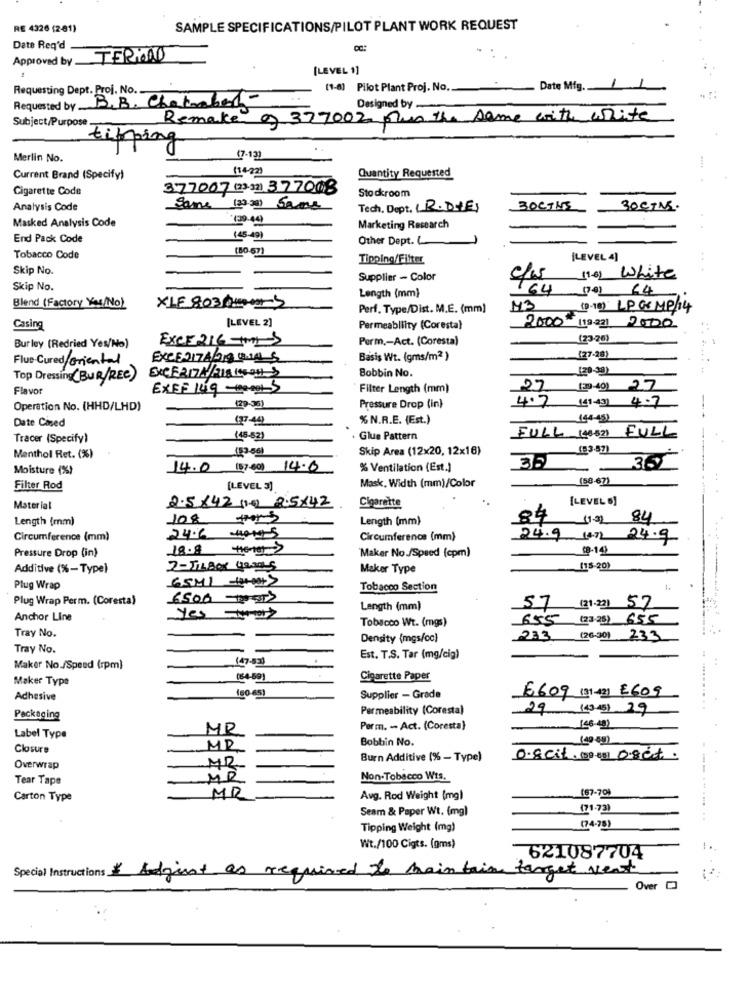
RE 4326 (2-81)
SAMPLE SPECIFICATIONS/PILOT PLANT WORK REQUEST
Date Req'd
Approved by TERMOS
[LEVEL 1]
Requesting Dept. Proj, No.
(1-6] Pilot Plant Proj. No.
Date Mig.
Requested by B.B. Chatabar-
Designed by -
Subject/Purpose
Remake of 377002 plus the same with white
tipping
Merlin No.
(7.13)
(14-22)
Quantity Requested
Current Brand (Specify)
Cigarette Code
377007 (23 32) 377008
Stockroom
Analysis Code
Same (30 38) Same
Tech, Dept. L.R . D.E)
BOCTHE
30CTMS.
*(29-44)
Masked Analysis Code
Marketing Research
End Pack Code
(45-49)
Other Dept. (
(80-67)
Tobacco Code
Tipping/Filter
[LEVEL 4]
Skip No.
Supplier - Color
(16) White
Skip No.
164
(79) <4
Blend (Factory You/No)
Length (mm)
XIE 803/10001-3
Perf. Type/Dist. M.E. (mm)
M3
(9-18) LPG8 MP/14
[LEVEL 2]
Casing
Permeabliity (Coresta)
2000 (19.23] 2000
EXCE216-OS
Perm ,- Act. (Coresta)
(23-26)
Burley (Redried Yes/No)
Flue-Cured oriental
EXCE2174/218 004 5
Basis Wt. (gms/m2 )
127-281
120-3a)
Top Dressing (BUR/REC)
Bobbin No.
Flavor
EXSF 14g-monet5
Filter Length (mm)
27
(29-49) 2.7
4.7
Operation No. (HHD/LHD)
(29-35)
Pressure Drop (in)
(41-43) 4.7
Date Cined
(37-44)
% N.R.E. (Est.)
(41-45)
Tracer (Specify)
(45-62)
. Glue Pattern
FULL (4)3-32) FULL
Skip Area (12x20, 12x16)
(93.57)
Menthol Ret. (%)
Moisture (%)
14.0 (57.60) 14.0
% Ventilation (Est.)
(58-67)
Filter Rod
[LEVEL 3]
Mask, Width (mm)/Color
2.5 x42 (1) 2.5X42
[LEVEL 5]
Material
Cigarette
Length (mm)
108 from
Length (mm)
84
84
Circumference (mm)
24.16 Horas
Circumference (mm)
24.9 14.7) 24.9
Pressure Drop (in)
18.8 tener
Maker No./Speed (cpm)
Additive (%- Type)
2-JiBor years
Maker Type
(15-20)
65MI -180-0012
Plug Wrap
Tobacco Section
Plug Wrap Perm. (Coresta)
6500 POSTS
57
(21-22) 57
Length (mm)
Anchor Line
yes -
655
(23.25) 655
Tray No.
Tobacco Wt. (mgs)
Density (mgs/cc)
#233
(26-30) 233
Tray No.
(47-83]
Est. T.S. Tar (mg/cig)
Maker No./Speed (rpm)
Maker Type
08-4-59)
Cigarette Paper
(60-65)
Adhesive
Supplier - Grade
E609 (31-4] E609
Permeability (Coresta)
29 (49 45) 29
Packaging
MR
Perm. - Act. (Coresta)
(46-49)
Label Type
Bobbin No.
(49 -48)
Closure
MR
Burn Additive (% - Type)
0.8 cit.com oset.
Overwrap
MR
Tear Tape
MR
Non-Tobacco Wts.
(57-70)
Carton Type
MR
Avg. Rod Weight (mg)
Seam & Paper Wt. (mg)
(71-73)
Tipping Weight (mg)
(74-78)
Wt./100 Cigts. (gms)
621087704
Special Instructions $ Adjust as required to main tain target vent
Over